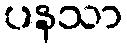
ပနသာ